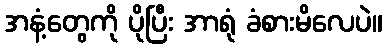
အနံ့တွေကို ပိုပြီး အာရုံ ခံစားမိလေပဲ။